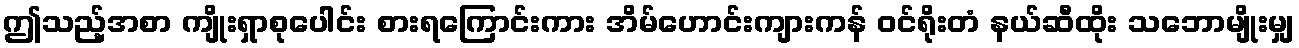
ဤသည့်အစာ ကျိုးရှာစုပေါင်း စားရကြောင်းကား အိမ်ဟောင်းကျားကန် ဝင်ရိုးတံ နယ်ဆီထိုး သဘောမျိုးမျှ